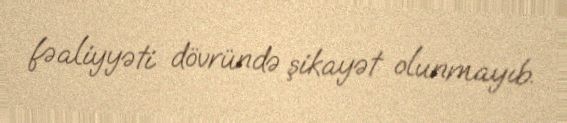
fəaliyyəti dövründə şikayət olunmayıb.